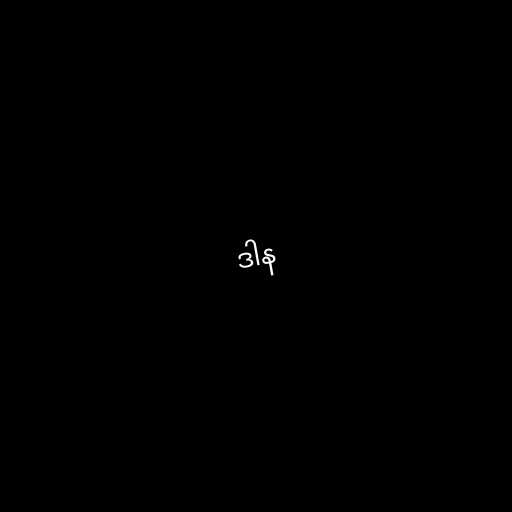
ဒါန